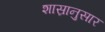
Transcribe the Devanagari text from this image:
शास्रानुसार